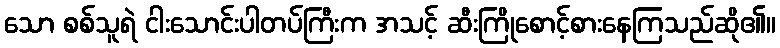
သော စစ်သူရဲ ငါးသောင်းပါတပ်ကြီးက အသင့် ဆီးကြိုစောင့်စားနေကြသည်ဆို၏။